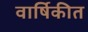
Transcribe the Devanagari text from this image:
वार्षिकीत